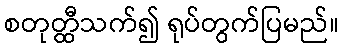
စတုတ္ထီသက်၍ ရုပ်တွက်ပြမည်။